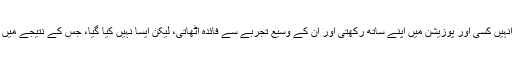
یہ بھی تو ممکن تھا کہ حکومت انہیں کسی اور پوزیشن میں اپنے ساتھ رکھتی اور ان کے وسیع تجربے سے فائدہ اٹھاتی، لیکن ایسا نہیں کیا گیا، جس کے نتیجے میں وہ بھی سعودی عرب چلے گئے۔